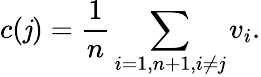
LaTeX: c(\mathit{j})=\frac{{1}}{{n}}\sum_{i=1,n+1,i\neq\mathit{j}}v_{i}.